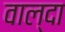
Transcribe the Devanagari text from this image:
वाल्दा